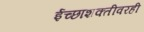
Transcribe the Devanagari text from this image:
ईच्छाशक्तीवरही